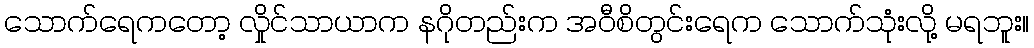
သောက်ရေကတော့ လှိုင်သာယာက နဂိုတည်းက အဝီစိတွင်းရေက သောက်သုံးလို့ မရဘူး။